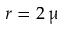
r = 2 \, \upmu